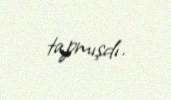
tapmışdı.